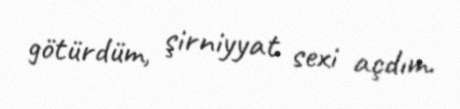
götürdüm, şirniyyat sexi açdım.